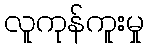
လူကုန်ကူးမှု